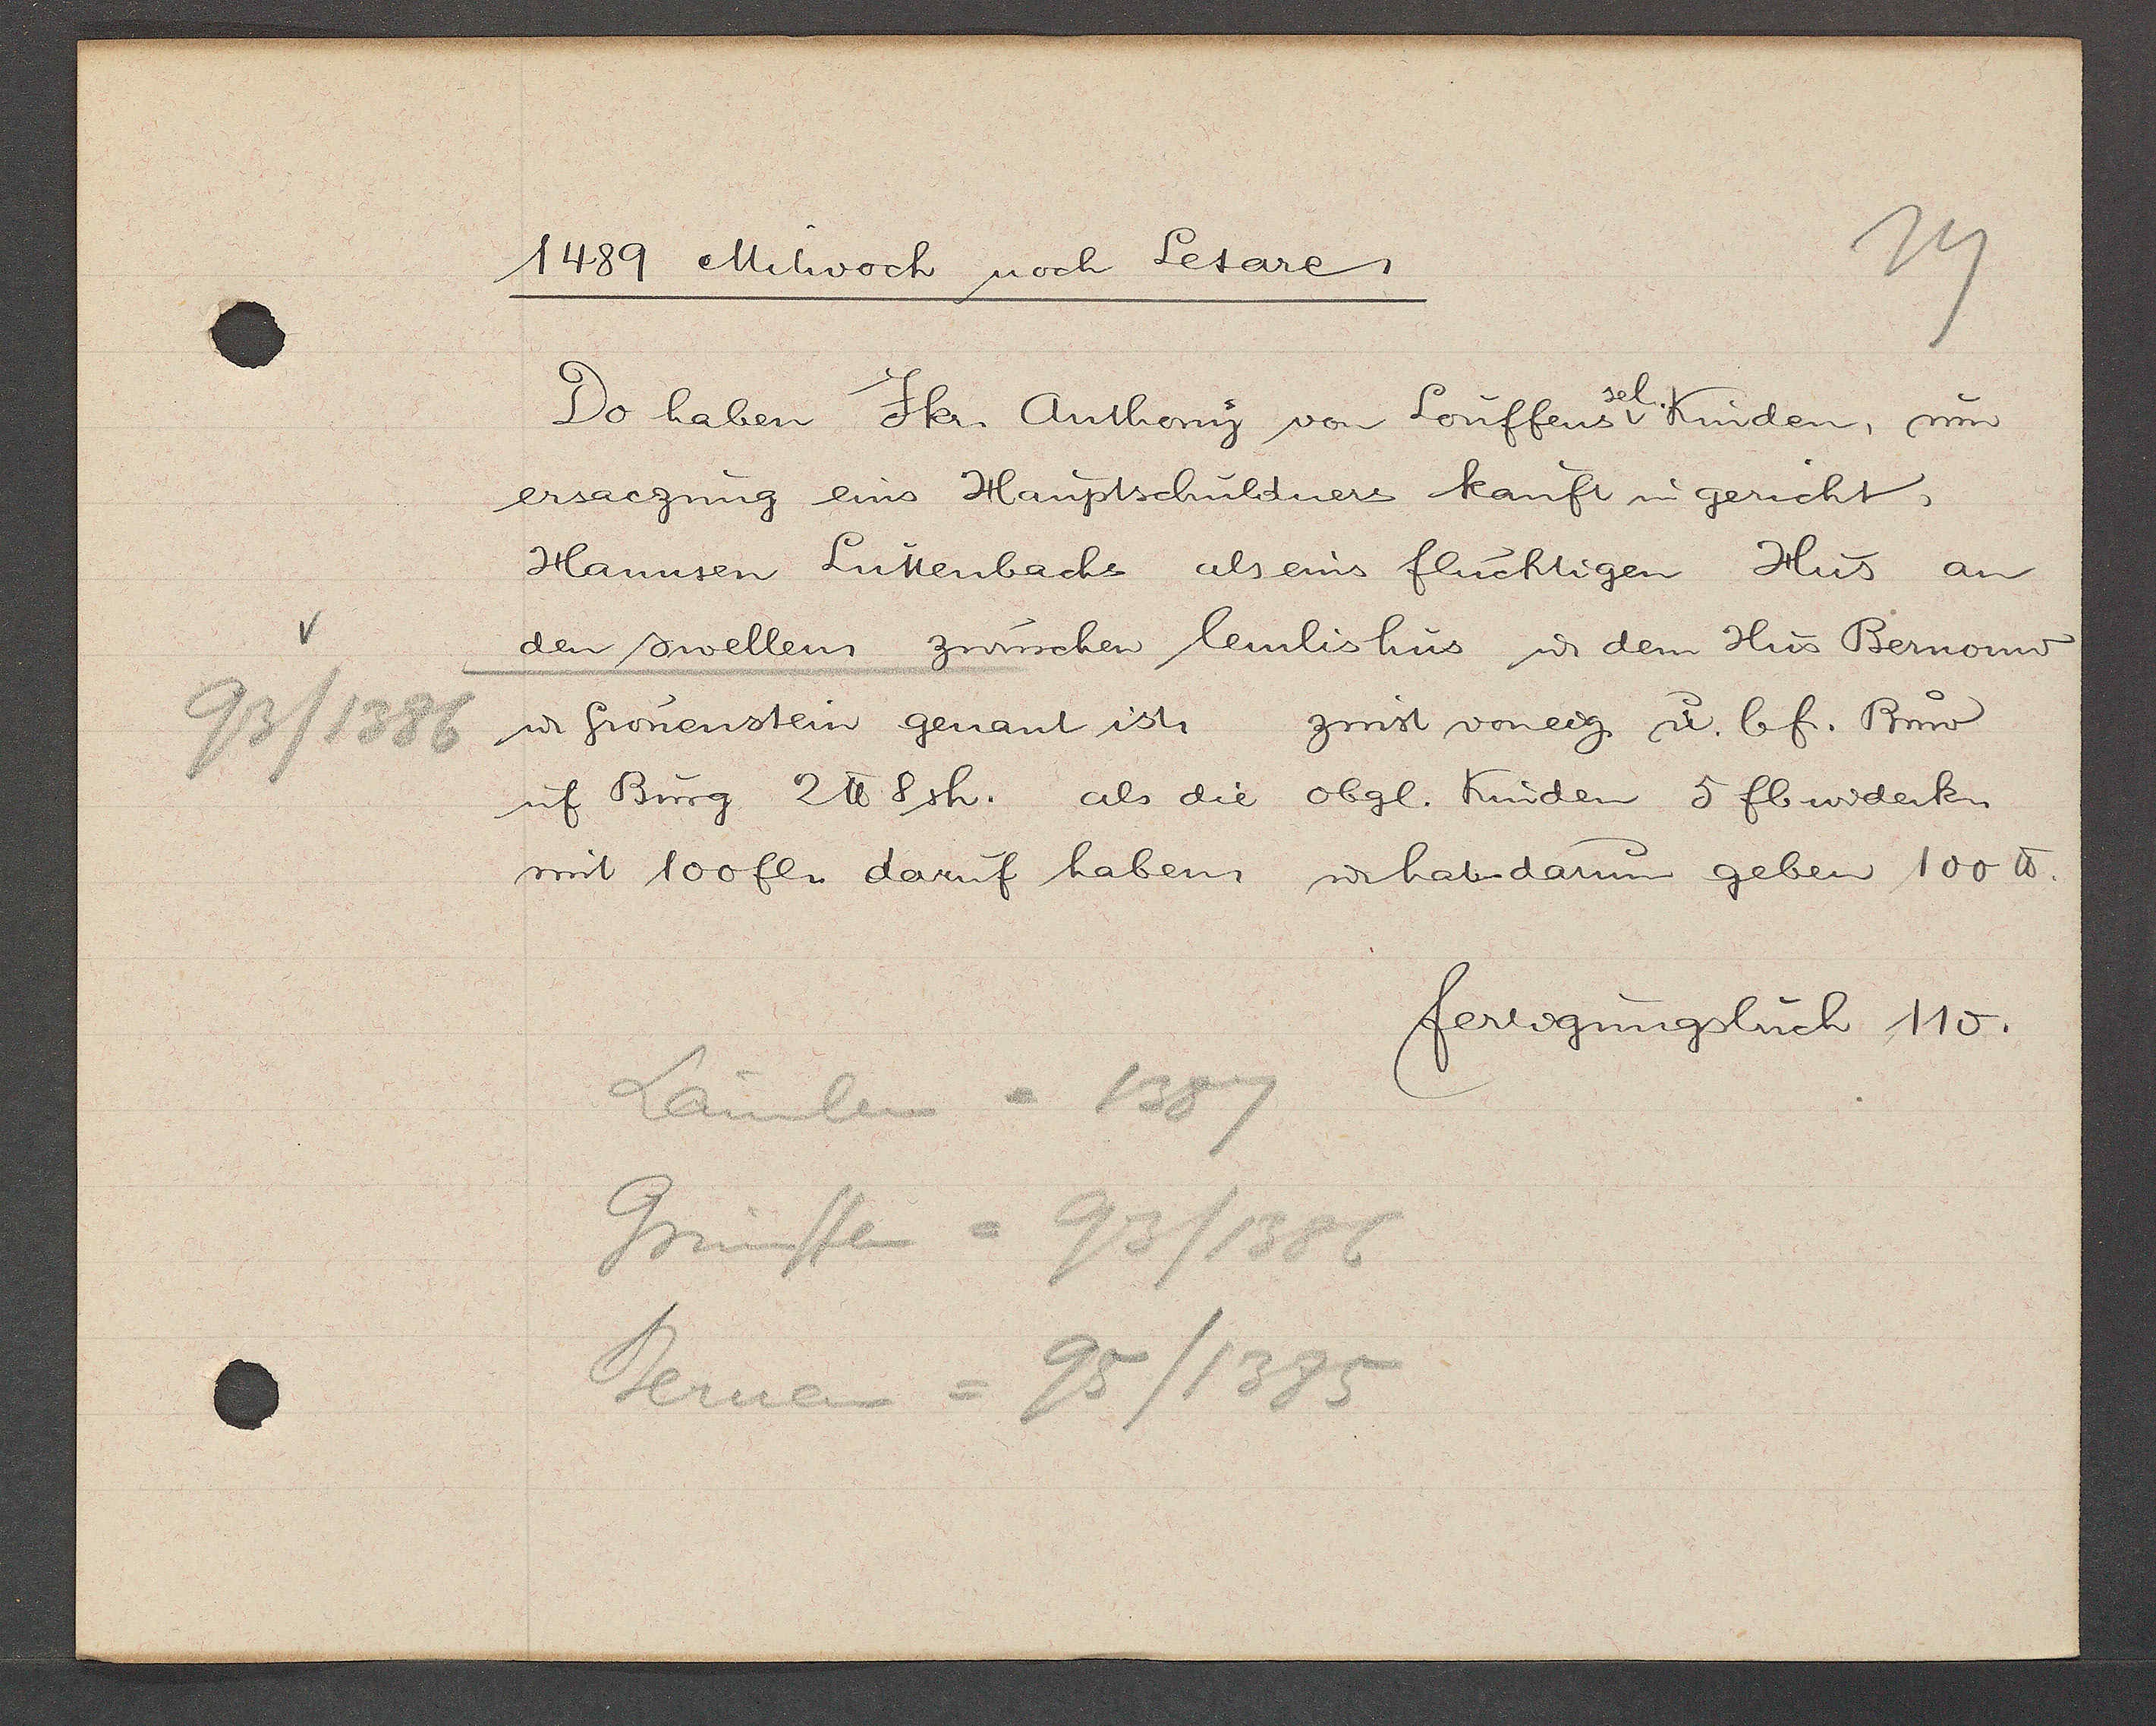
Transcript:
93/1386

1489 Mitwoch noch Letare.

Do haben Jkr. Anthony von Louffens v Kinden, um
ersaczung eins Hauptschuldners kauft in gericht,
Hannsen Luttenbachs als eins fluchtigen Hus an
den swellen, zwüschen lemlishus ư dem Hus Bernow
ư fronenstein genant ist, zinst voneig u. bf. Buw
uf Burg 2℔ 8sh. als die obgl. Kinden. 5 fl widerk.
mit 100 fl. daruf haben u haben darum geben 100℔.

Lämlein = 1387
Grünstein = 93/1386
Bernau = 95/1385

fertigungsbuch 115.